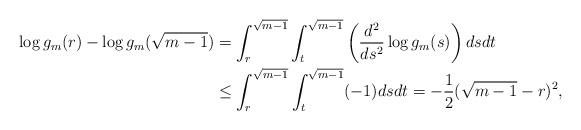
LaTeX: \begin{align*}\log g_m(r)-\log g_m(\sqrt{m-1}) &=\int_r^{\sqrt{m-1}}\int_{t}^{\sqrt{m-1}} \left( \frac{d^2}{ds^2}\log g_m(s) \right) ds dt \\&\leq \int_r^{\sqrt{m-1}}\int_{t}^{\sqrt{m-1}} (-1) ds dt =-\frac12 (\sqrt{m-1}-r)^2, \end{align*}